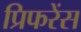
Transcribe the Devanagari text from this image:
प्रिफरेंस